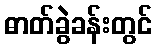
ဓာတ်ခွဲခန်းတွင်